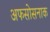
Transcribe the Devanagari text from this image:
अफसोसनाक